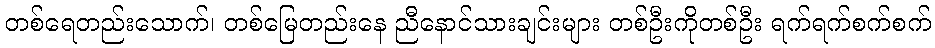
တစ်ရေတည်းသောက်၊ တစ်မြေတည်းနေ ညီနောင်သားချင်းများ တစ်ဦးကိုတစ်ဦး ရက်ရက်စက်စက်